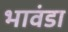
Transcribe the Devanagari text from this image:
भावंडा